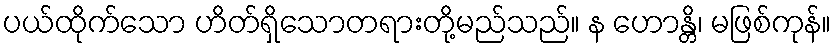
ပယ်ထိုက်သော ဟိတ်ရှိသောတရားတို့မည်သည်။ န ဟောန္တိ၊ မဖြစ်ကုန်။